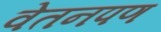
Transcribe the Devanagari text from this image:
वेतनपण